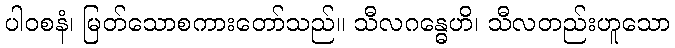
ပါဝစနံ၊ မြတ်သောစကားတော်သည်။ သီလဂန္ဓေဟိ၊ သီလတည်းဟူသော